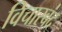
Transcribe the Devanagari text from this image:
विचारबंद